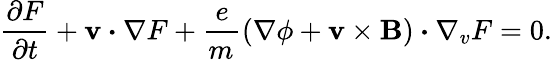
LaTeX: \frac{\partial F}{\partial t}+\textbf{v}\boldsymbol{\cdot}\nabla F+\frac{e}{m_{}}\left(\nabla\phi+\textbf{v}\times\textbf{B}\right)\boldsymbol{\cdot}\nabla_{v}F=0.